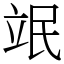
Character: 䇇